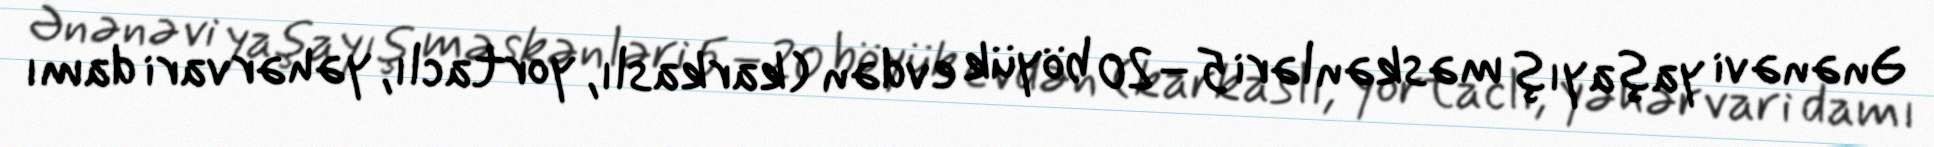
Ənənəvi yaşayış məskənləri 5–20 böyük evdən (karkaslı, yortaclı, yəhərvari damı